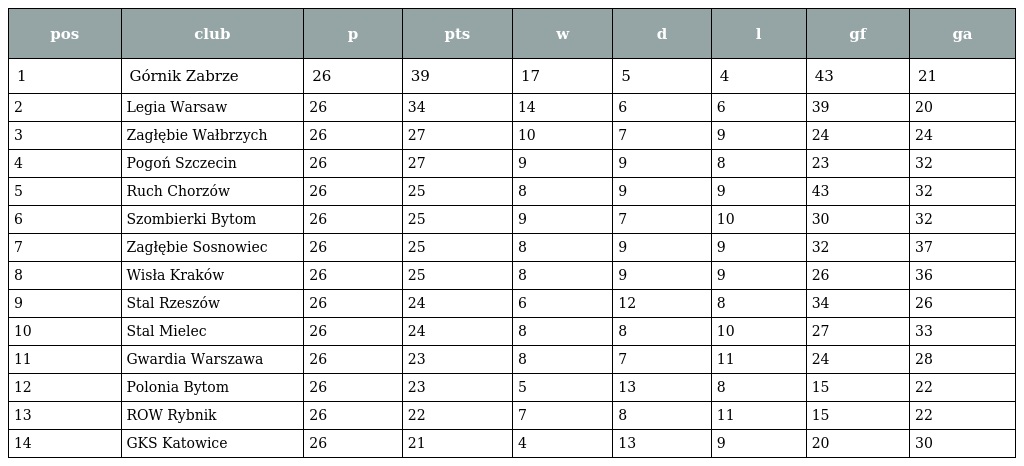
| pos | club | p | pts | w | d | l | gf | ga |
 | --- | --- | --- | --- | --- | --- | --- | --- | --- |
 | 1 | Górnik Zabrze | 26 | 39 | 17 | 5 | 4 | 43 | 21 |
 | 2 | Legia Warsaw | 26 | 34 | 14 | 6 | 6 | 39 | 20 |
 | 3 | Zagłębie Wałbrzych | 26 | 27 | 10 | 7 | 9 | 24 | 24 |
 | 4 | Pogoń Szczecin | 26 | 27 | 9 | 9 | 8 | 23 | 32 |
 | 5 | Ruch Chorzów | 26 | 25 | 8 | 9 | 9 | 43 | 32 |
 | 6 | Szombierki Bytom | 26 | 25 | 9 | 7 | 10 | 30 | 32 |
 | 7 | Zagłębie Sosnowiec | 26 | 25 | 8 | 9 | 9 | 32 | 37 |
 | 8 | Wisła Kraków | 26 | 25 | 8 | 9 | 9 | 26 | 36 |
 | 9 | Stal Rzeszów | 26 | 24 | 6 | 12 | 8 | 34 | 26 |
 | 10 | Stal Mielec | 26 | 24 | 8 | 8 | 10 | 27 | 33 |
 | 11 | Gwardia Warszawa | 26 | 23 | 8 | 7 | 11 | 24 | 28 |
 | 12 | Polonia Bytom | 26 | 23 | 5 | 13 | 8 | 15 | 22 |
 | 13 | ROW Rybnik | 26 | 22 | 7 | 8 | 11 | 15 | 22 |
 | 14 | GKS Katowice | 26 | 21 | 4 | 13 | 9 | 20 | 30 |